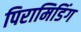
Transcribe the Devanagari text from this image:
पिरामिडिंग